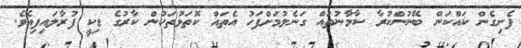
ފެށިގެން ކައްކަން ބޭނުންކުރާ ސާމާނުތައް ގަނެލުމަށްފަހު އެތައް ކޮތަޅުތަކުން ކާރުގެ ޑިކީ ފުރާލައިފިއެވެ.